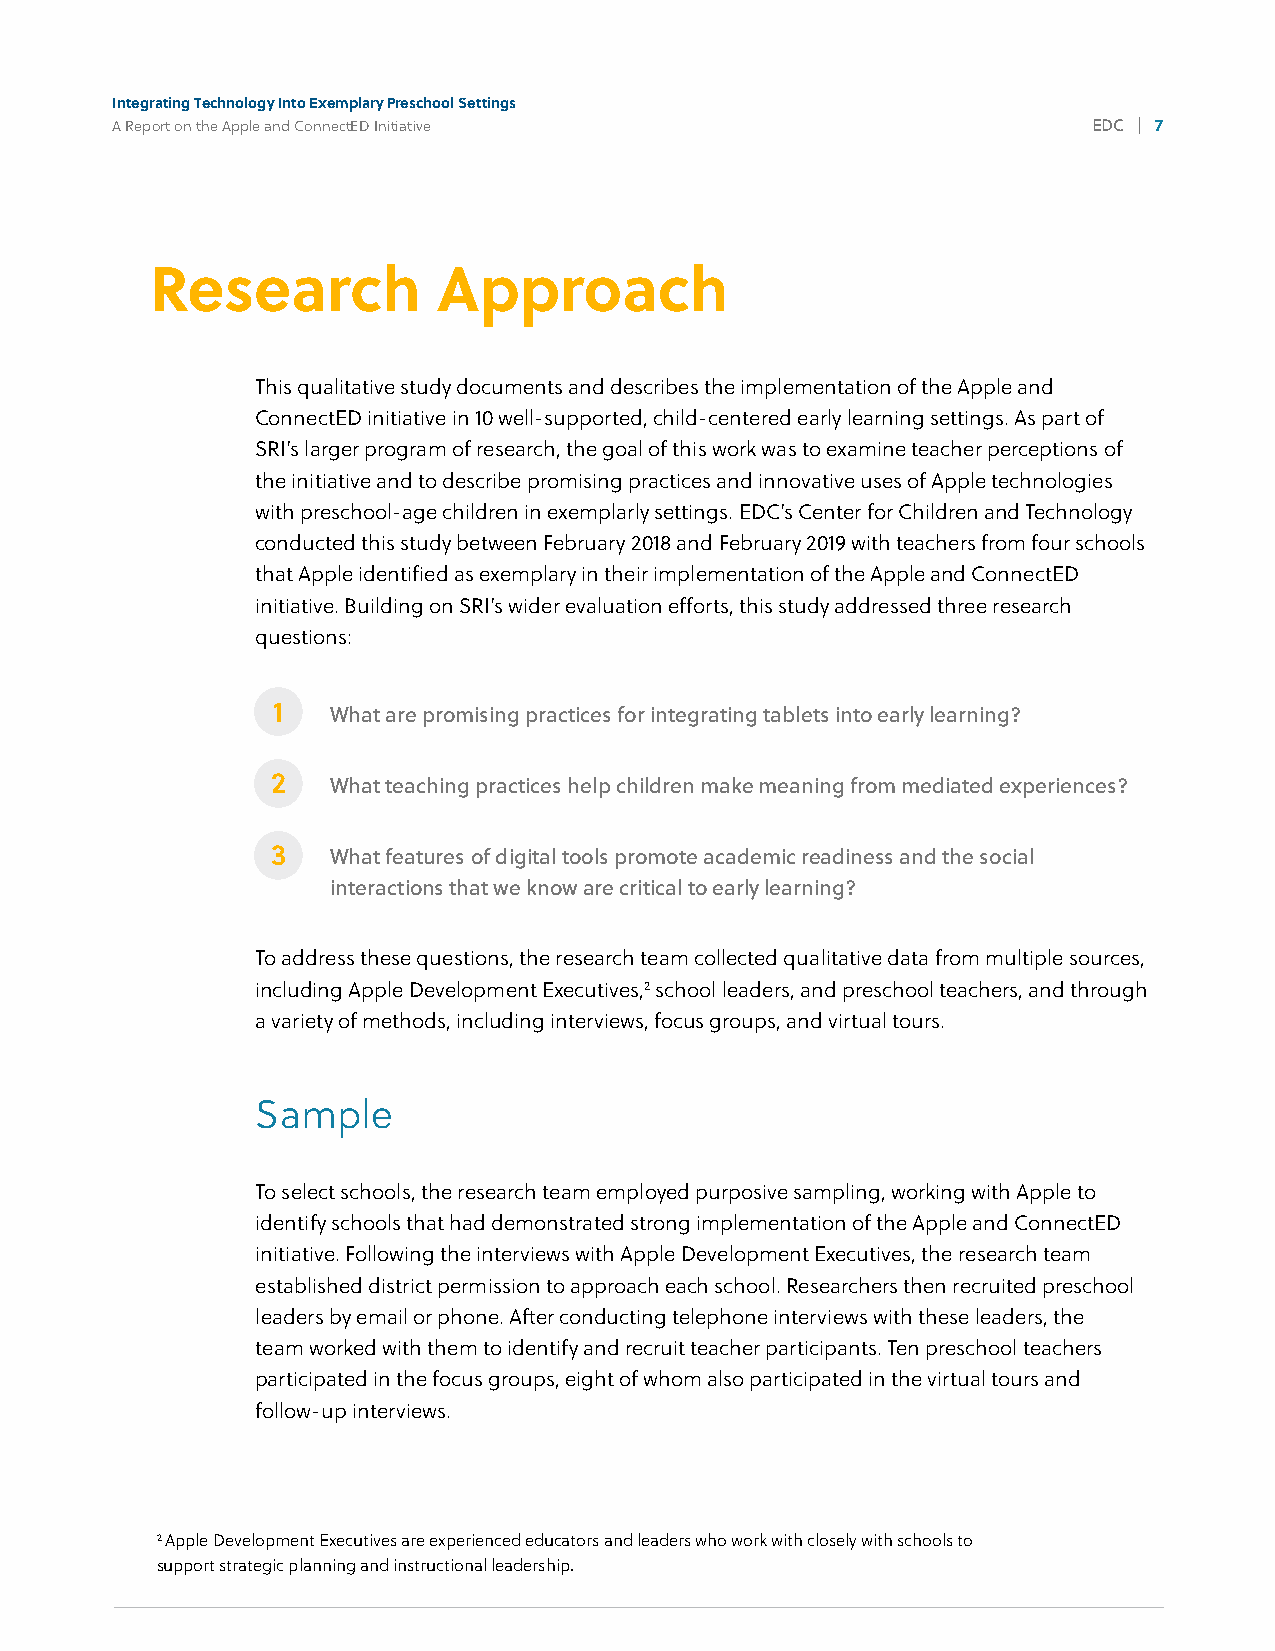
Integrating Technology Into Exemplary Preschool Settings
 A Report on the Apple and ConnectED Initiative                   EDC | 7
 4%
 Research           Approach
 This qualitative study documents and describes the implementation of the Apple and
 ConnectED initiative in 10 well-supported, child-centered early learning settings. As part of
 SRI’s larger program of research, the goal of this work was to examine teacher perceptions of
 the initiative and to describe promising practices and innovative uses of Apple technologies
 with preschool-age children in exemplarly settings. EDC’s Center for Children and Technology
 conducted this study between February 2018 and February 2019 with teachers from four schools
 that Apple identified as exemplary in their implementation of the Apple and ConnectED
 initiative. Building on SRI’s wider evaluation efforts, this study addressed three research
 questions:
 1   What are promising practices for integrating tablets into early learning?
 2   What teaching practices help children make meaning from mediated experiences?
 3   What features of digital tools promote academic readiness and the social
 interactions that we know are critical to early learning?
 To address these questions, the research team collected qualitative data from multiple sources,
 including Apple Development Executives,2 school leaders, and preschool teachers, and through
 a variety of methods, including interviews, focus groups, and virtual tours.
 Sample
 To select schools, the research team employed purposive sampling, working with Apple to
 identify schools that had demonstrated strong implementation of the Apple and ConnectED
 initiative. Following the interviews with Apple Development Executives, the research team
 established district permission to approach each school. Researchers then recruited preschool
 leaders by email or phone. After conducting telephone interviews with these leaders, the
 team worked with them to identify and recruit teacher participants. Ten preschool teachers
 participated in the focus groups, eight of whom also participated in the virtual tours and
 follow-up interviews.
 2 Apple Development Executives are experienced educators and leaders who work with closely with schools to
 support strategic planning and instructional leadership.